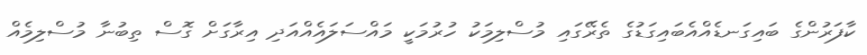
ކާފަރުންގެ ބައިގަނޑެއްއެބައިގަޑުގެ ތެރޭގައި މުސްލިމަކު ހުރުމަކީ މައްސަލައެއްއަދި އިރާގަށް ގޮސް ތިބުނާ މުސްލިމެއް